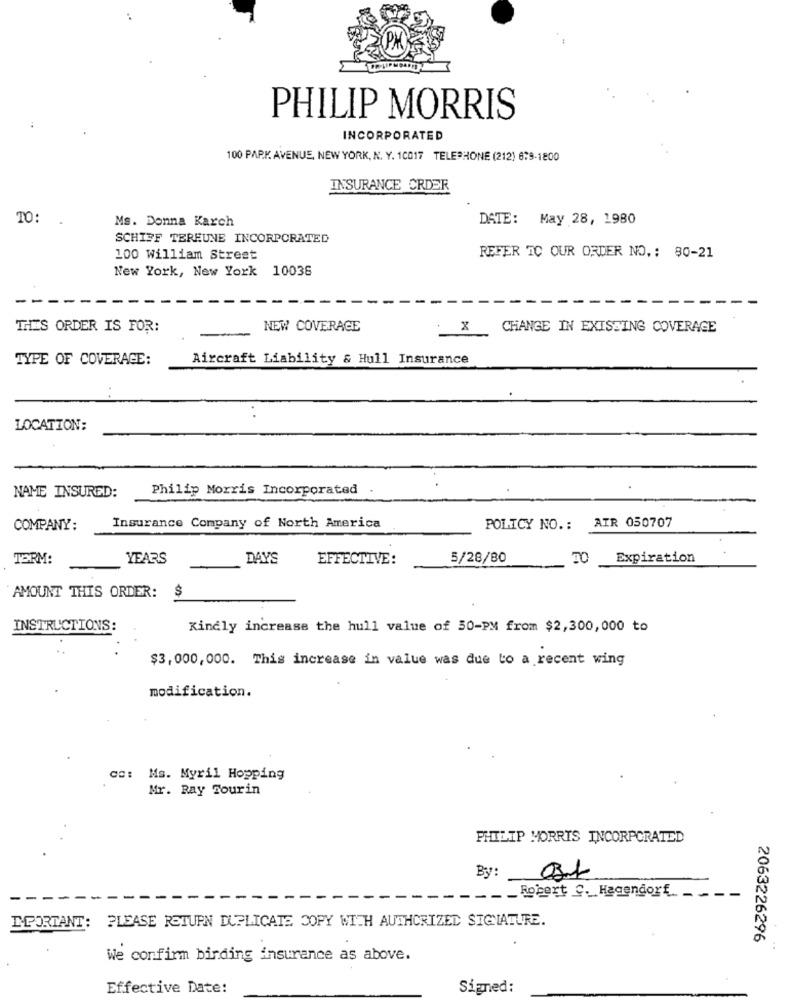
PHILIP MORRIS
INCORPORATED
100 PARK AVENUE, NEW YORK, N. Y. 10017 TELEPHONE (212) 679-1800
INSURANCE CRDER
TO:
DATE: May 28, 1980
Ms. Donna Karch
SCHIFF TEREUNE INCORPORATED
100 william Street
REFER TO OUR ORDER NO .: 80-21
New York, New York 10036
-
THIS ORDER IS FOR:
NEW COVERAGE
x
CHANGE IN EXISTING COVERAGE
TYPE OF COVERAGE:
Aircraft Liability & Hull Insurance
LOCATION:
Philip Morris Incorporated
NAME INSURED:
COMPANY:
Insurance Company of North America
POLICY NO .: AIR 050707
TERM:
YEARS
DAYS
EFFECTIVE:
5/28/80
TO
Expiration
$
AMOUNT THIS ORDER:
INSTRUCTIONS:
Kindly increase the hull value of 50-PM from $2,300,000 to
$3,000, 000. This increase in value was due to a recent wing
modification.
Ms. Myril Hopping
Mr. Ray Tourin
PHILIP MORRIS INCORPORATED
By:
Robert C. Hagendorf_ _
IMPORTANT: PLEASE RETURN DUPLICATE COPY WITH AUTHORIZED SIGNATURE.
2063226296
We confirm birding insurance as above.
Effective Date:
Signed: